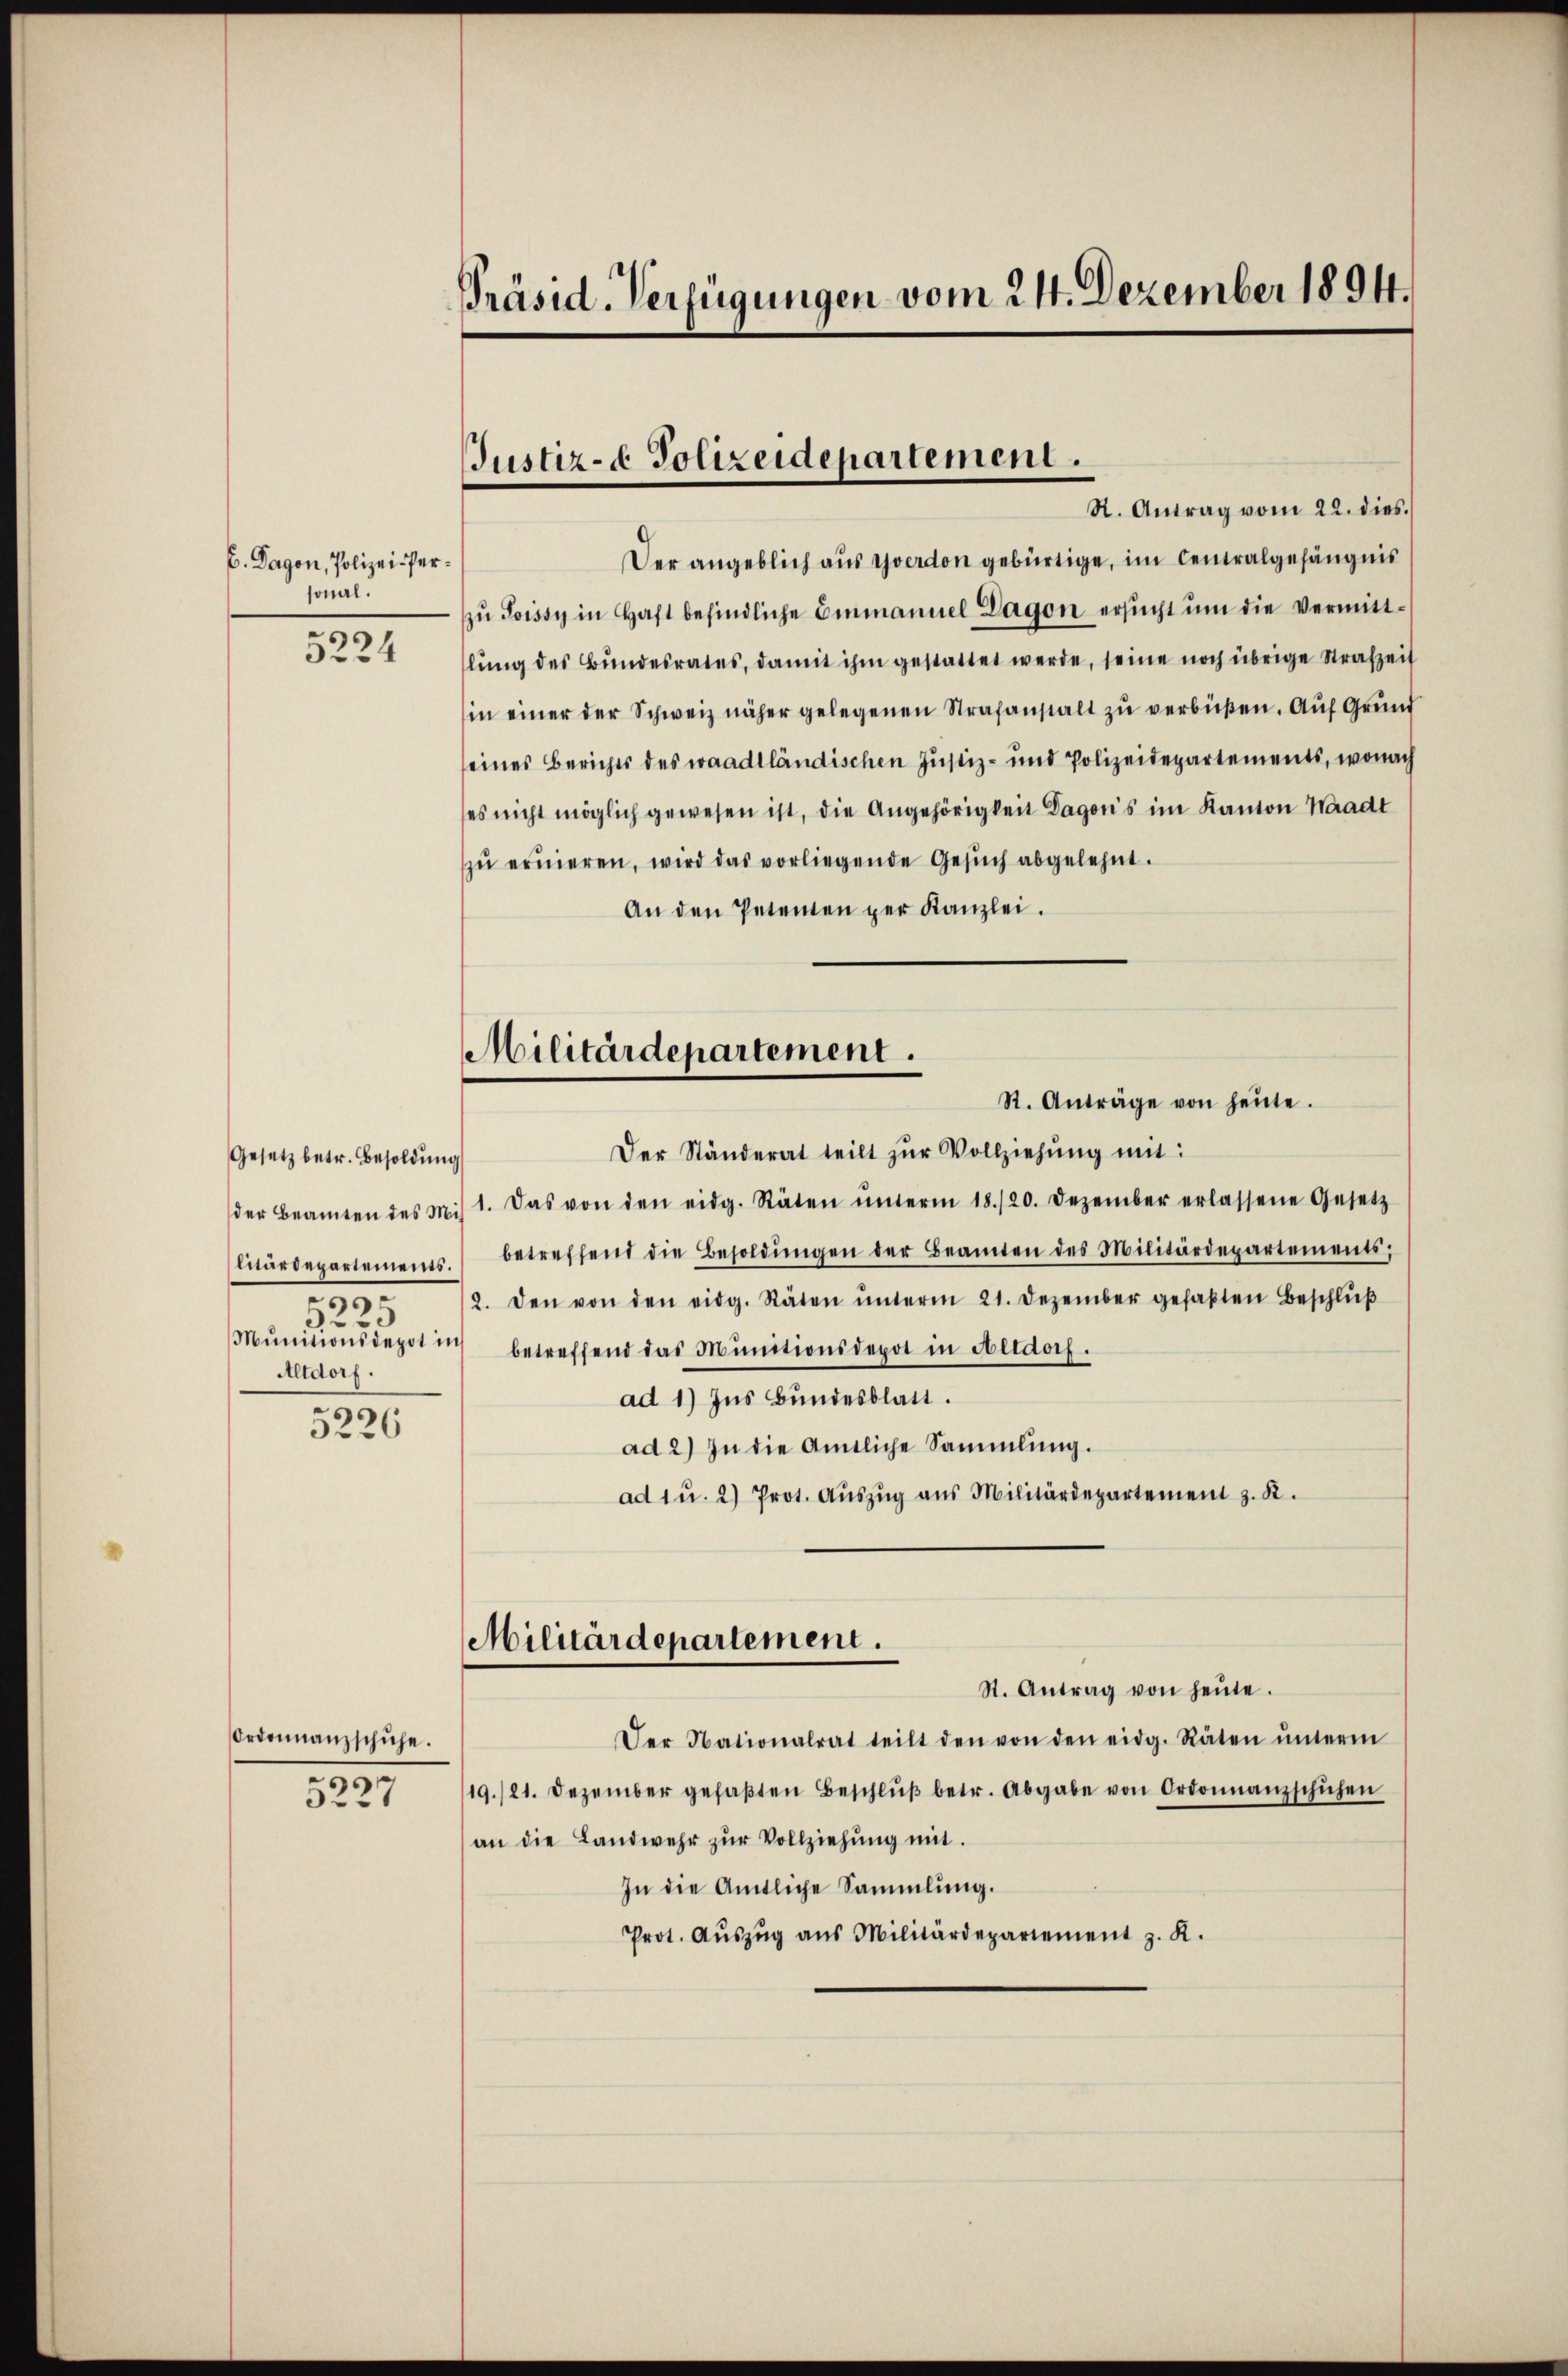
C. Dagen, Polizei-Personal.
5224

Gesetz betr. Besoldung
litärdepartements.
e
.
23
Munitionsdepot in
Altdorf.

5226

Ordonnanzschuhe.

.
522

Präsid. Verfügungen vom 24. Dezember 1894.

Justiz- & Polizeidepartement.

N. Antrag vom 22. dies.
Der angeblich aus Yverdon gebürtige, im Centralgefängnis
zŭ Joissy in Haft befindliche Einmanuel Lagen ersŭcht ŭm die Vermittlŭng des Bŭndesrates, damit ihm gestattet werde, seine noch übrige Strafzeit
in einer der Schweiz näher gelegenen Strafanstalt zŭ verbüßen. Auf Grund
seines Berichts des waadtländischen Justiz- und Polizeidepartements, wonach
es nicht möglich gewesen ist, die Angehörigkeit Dagon’s im Kanton Waadt
zŭ erneren, wird das vorliegende Gesŭch abgelehnt.
An den Petenten per Kanzlei.
Der Ständerat teilt zur Vollziehung mit:
der Beamten des Mit 1. Das von den eidg. Stäten ŭnterm 18./20. Dezember erlassene Gesetz
betreffend die Besoldŭngen der Beamten des Militärdepartements,
2. den von den eidg. Räten ŭnterm 21. Dezember gefaβten Beschlŭβ
) betreffend das Munitionsdepot in Altdorf.
ad 1) Ins Bundesblatt.
ad 2) In die Amtliche Sammlung.
ad 1 u. 2) Prot. Aŭszŭg ans Militärdepartement z. B.
Militärdepartement.
St. Antrag von heŭte.
Der Nationalrat teilt den von den eidg. Räten ŭnterm
19./21. Dezember gefaβten Beschlŭβ betr. Abgabe von Ordonnanzschuhen
an die Landwehr zŭr Vollziehŭng mit.
In die Amtliche Sammlung.
Prot. Aŭszŭg ans Militärdepartement z. K.

Militärdepartement.
St. Anträge von heŭte.